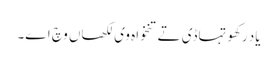
یاد رکھو تہاڈی تے تنخواہ وی لکھاں وچ اے۔